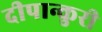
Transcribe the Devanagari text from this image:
दीपान्कुरी